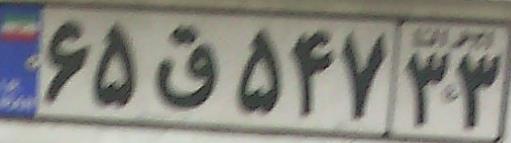
۶۵ق۵۴۷۳۳